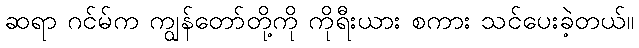
ဆရာ ဂင်မ်က ကျွန်တော်တို့ကို ကိုရီးယား စကား သင်ပေးခဲ့တယ်။